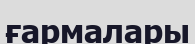
ғармалары